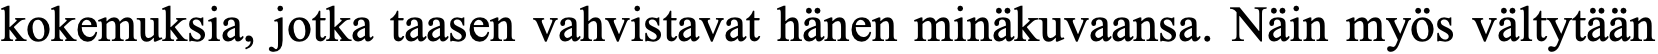
kokemuksia, jotka taasen vahvistavat hänen minäkuvaansa. Näin myös vältytään